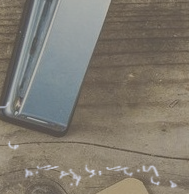
مركز الترجمة الفورية: ترج